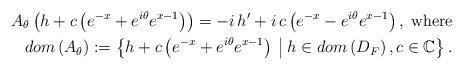
LaTeX: \begin{align*}A_{\theta}\left(h+c\left(e^{-x}+e^{i\theta}e^{x-1}\right)\right)=-i\, h'+i\, c\left(e^{-x}-e^{i\theta}e^{x-1}\right),\;\mbox{where}\\dom\left(A_{\theta}\right):=\left\{ h+c\left(e^{-x}+e^{i\theta}e^{x-1}\right)\:\big|\: h\in dom\left(D_{F}\right),c\in\mathbb{C}\right\} .\end{align*}